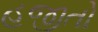
હજીતો